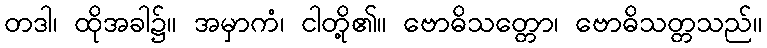
တဒါ၊ ထိုအခါ၌။ အမှာကံ၊ ငါတို့၏။ ဗောဓိသတ္တော၊ ဗောဓိသတ္တသည်။